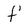
Character: f